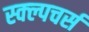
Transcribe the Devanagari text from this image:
स्क्ल्पचर्स